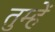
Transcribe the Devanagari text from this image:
तुम्हेें